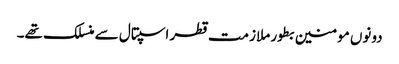
دونوں مومنین بطور ملازمت قطر اسپتال سے منسلک تھے۔